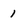
Character: 1